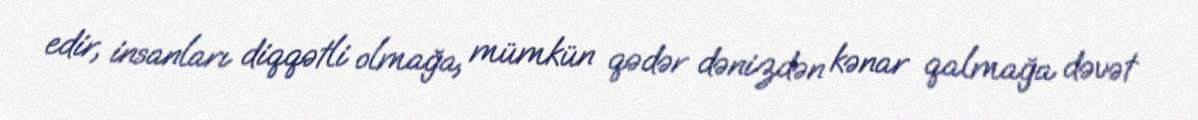
edir, insanları diqqətli olmağa, mümkün qədər dənizdən kənar qalmağa dəvət